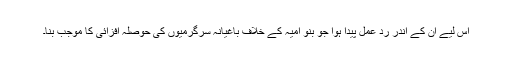
اس لیے ان کے اندر رد عمل پیدا ہوا جو بنو امیہ کے خلاف باغیانہ سرگرمیوں کی حوصلہ افزائی کا موجب بنا۔